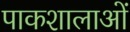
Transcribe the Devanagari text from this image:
पाकशालाओं